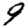
Digit: 9